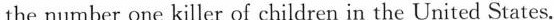
the number one killer of children in the United States.